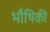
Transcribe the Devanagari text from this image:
भौथिकी